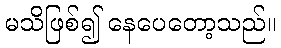
မသိဖြစ်၍ နေပေတော့သည်။